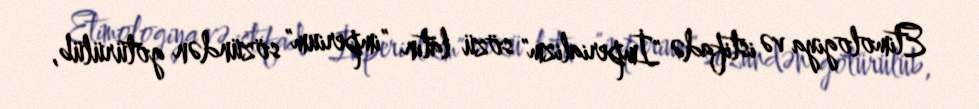
Etimologiya və istifadə "İmperializm" sözü latın "imperium" sözündən götürülüb,